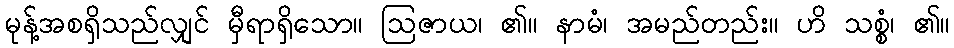
မုန့်အစရှိသည်လျှင် မှီရာရှိသော။ ဩဇာယ၊ ၏။ နာမံ၊ အမည်တည်း။ ဟိ သစ္စံ၊ ၏။